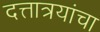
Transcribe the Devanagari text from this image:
दत्तात्रयांचा